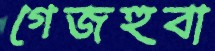
গেজহুবা